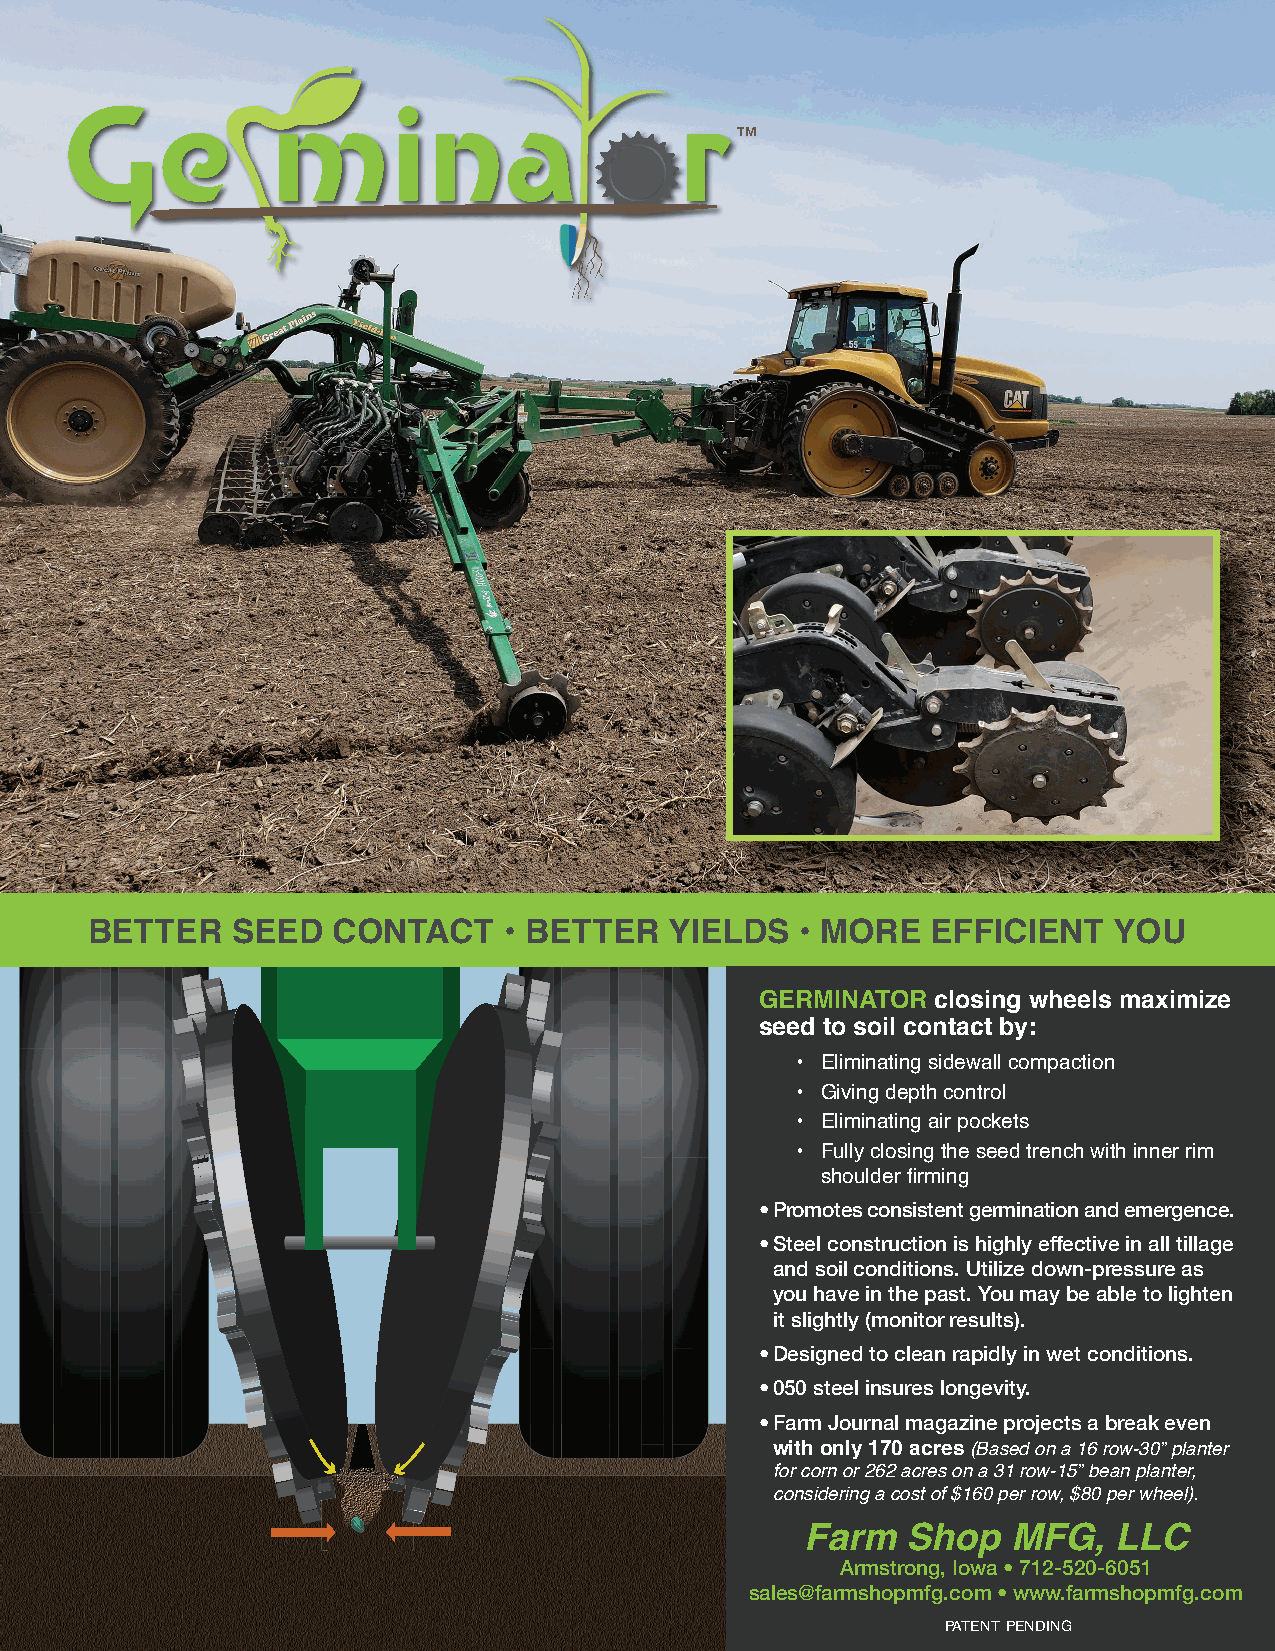
™
 BETTER   SEED   CONTACT    • BETTER   YIELDS   • MORE   EFFICIENT   YOU
 GERMINATOR  closing wheels maximize
 seed to soil contact by:
 • Eliminating sidewall compaction
 • Giving depth control
 • Eliminating air pockets
 • Fully closing the seed trench with inner rim
 shoulder fi rming
 • Promotes consistent germination and emergence.
 • Steel construction is highly eff ective in all tillage
 and soil conditions. Utilize down-pressure as
 you have in the past. You may be able to lighten
 it slightly (monitor results).
 • Designed to clean rapidly in wet conditions.
 • 050 steel insures longevity.
 • Farm Journal magazine projects a break even
 with only 170 acres(Based on a 16 row-30” planter
 for corn or 262 acres on a 31 row-15” bean planter,
 considering a cost of $160 per row, $80 per wheel).
 Farm   Shop   MFG,   LLC
 Armstrong, Iowa • 712-520-6051
 sales@farmshopmfg.com • www.farmshopmfg.com
 PATENT PENDING